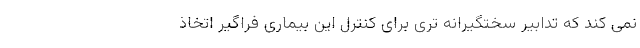
نمی کند که تدابیر سختگیرانه تری برای کنترل این بیماری فراگیر اتخاذ